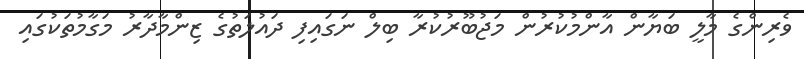
ވެރިންގެ މާލީ ބަޔާން އާންމުކުރުން މަޖުބޫރުކުރާ ބިލް ނަގައިފި ދައުލަތުގެ ޒިންމާދާރު މަގާމުތަކުގައި